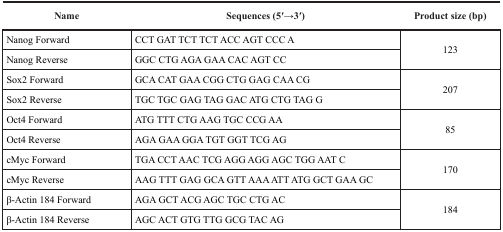
<table><thead><tr><td><b>Name</b></td><td><b>Sequences (5′→3′)</b></td><td><b>Product size (bp)</b></td></tr></thead><tbody><tr><td>Nanog Forward</td><td>CCT GAT TCT TCT ACC AGT CCC A</td><td rowspan="2">123</td></tr><tr><td>Nanog Reverse</td><td>GGC CTG AGA GAA CAC AGT CC</td></tr><tr><td>Sox2 Forward</td><td>GCA CAT GAA CGG CTG GAG CAA CG</td><td rowspan="2">207</td></tr><tr><td>Sox2 Reverse</td><td>TGC TGC GAG TAG GAC ATG CTG TAG G</td></tr><tr><td>Oct4 Forward</td><td>ATG TTT CTG AAG TGC CCG AA</td><td rowspan="2">85</td></tr><tr><td>Oct4 Reverse</td><td>AGA GAA GGA TGT GGT TCG AG</td></tr><tr><td>cMyc Forward</td><td>TGA CCT AAC TCG AGG AGG AGC TGG AAT C</td><td rowspan="2">170</td></tr><tr><td>cMyc Reverse</td><td>AAG TTT GAG GCA GTT AAA ATT ATG GCT GAA GC</td></tr><tr><td>β-Actin 184 Forward</td><td>AGA GCT ACG AGC TGC CTG AC</td><td rowspan="2">184</td></tr><tr><td>β-Actin 184 Reverse</td><td>AGC ACT GTG TTG GCG TAC AG</td></tr></tbody></table>